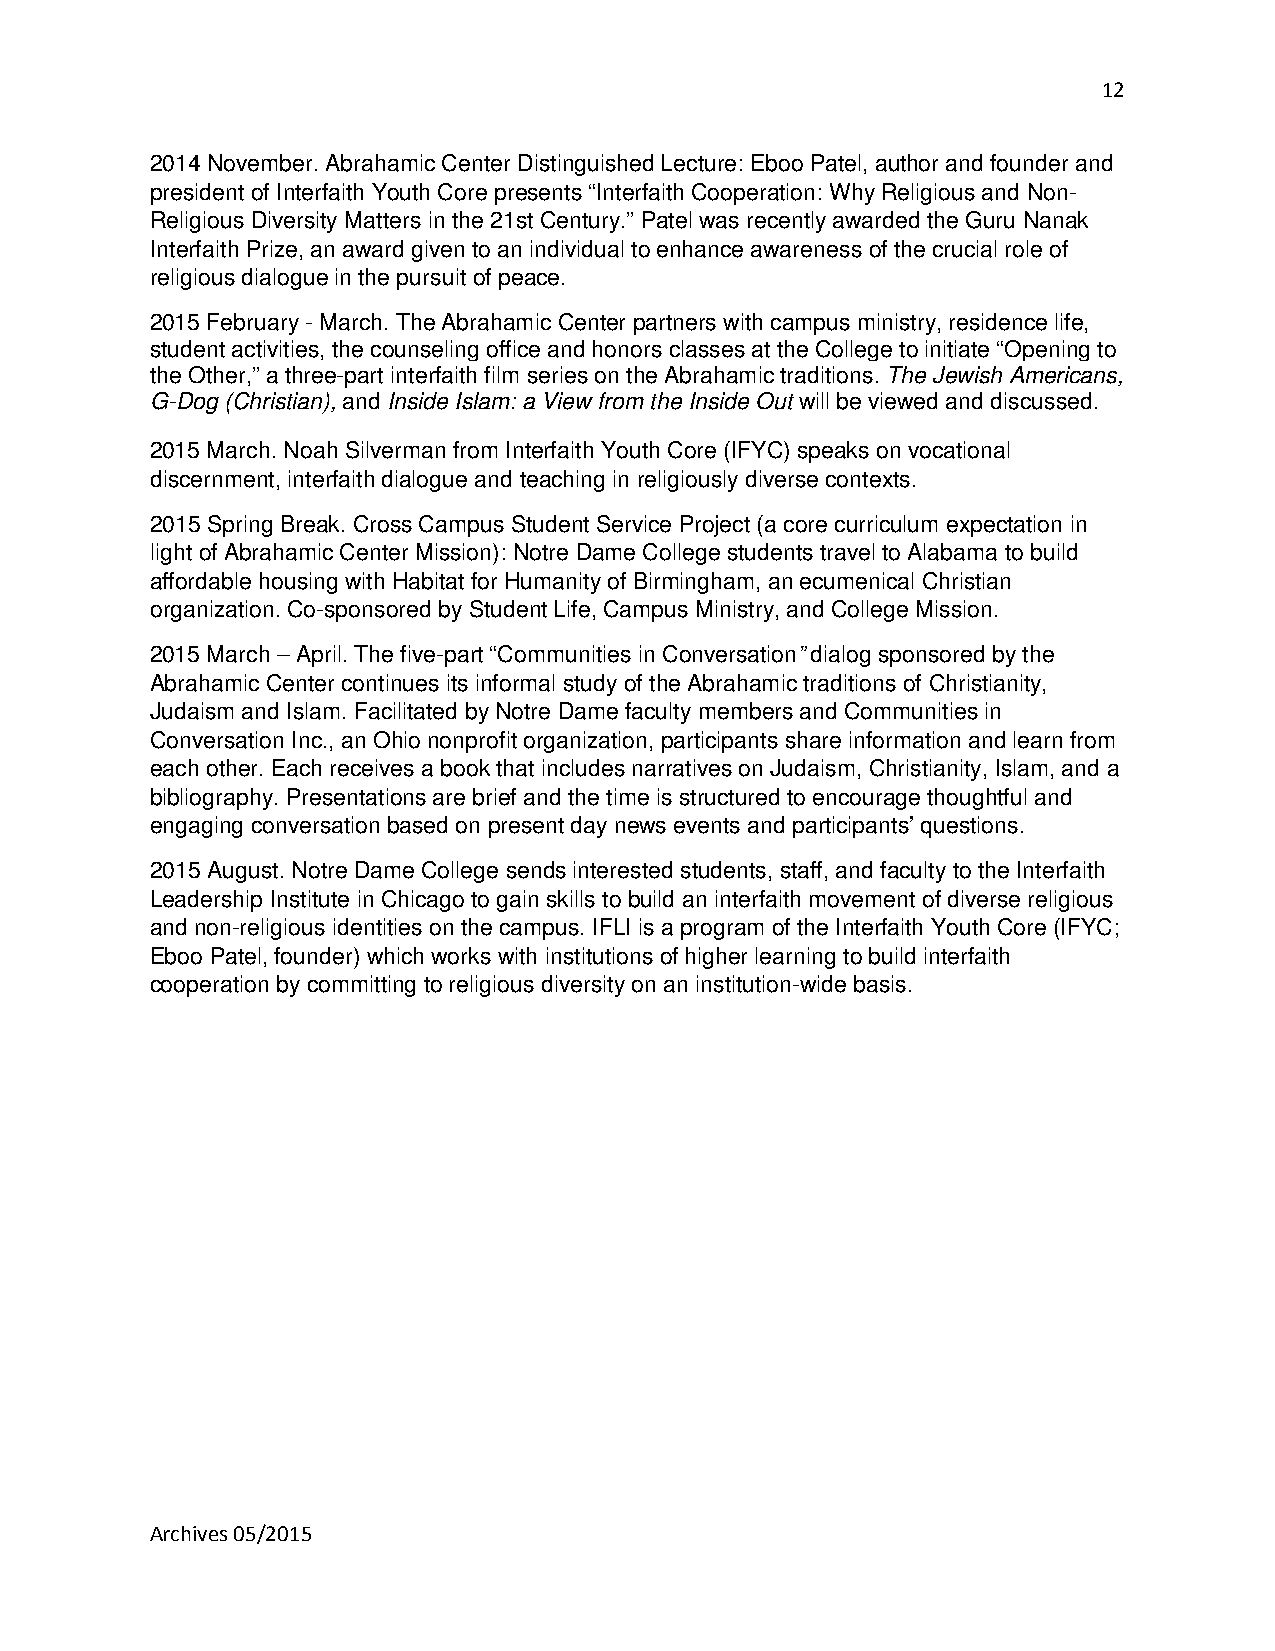
12
 2014 November. Abrahamic Center Distinguished Lecture: Eboo Patel, author and founder and
 president of Interfaith Youth Core presents “Interfaith Cooperation: Why Religious and Non-
 Religious Diversity Matters in the 21st Century.” Patel was recently awarded the Guru Nanak
 Interfaith Prize, an award given to an individual to enhance awareness of the crucial role of
 religious dialogue in the pursuit of peace.
 2015 February - March. The Abrahamic Center partners with campus ministry, residence life,
 student activities, the counseling office and honors classes at the College to initiate “Opening to
 the Other,” a three-part interfaith film series on the Abrahamic traditions. The Jewish Americans,
 G-Dog (Christian), and Inside Islam: a View from the Inside Out will be viewed and discussed.
 2015 March. Noah Silverman from Interfaith Youth Core (IFYC) speaks on vocational
 discernment, interfaith dialogue and teaching in religiously diverse contexts.
 2015 Spring Break. Cross Campus Student Service Project (a core curriculum expectation in
 light of Abrahamic Center Mission): Notre Dame College students travel to Alabama to build
 affordable housing with Habitat for Humanity of Birmingham, an ecumenical Christian
 organization. Co-sponsored by Student Life, Campus Ministry, and College Mission.
 2015 March – April. The five-part “Communities in Conversation” dialog sponsored by the
 Abrahamic Center continues its informal study of the Abrahamic traditions of Christianity,
 Judaism and Islam. Facilitated by Notre Dame faculty members and Communities in
 Conversation Inc., an Ohio nonprofit organization, participants share information and learn from
 each other. Each receives a book that includes narratives on Judaism, Christianity, Islam, and a
 bibliography. Presentations are brief and the time is structured to encourage thoughtful and
 engaging conversation based on present day news events and participants’ questions.
 2015 August. Notre Dame College sends interested students, staff, and faculty to the Interfaith
 Leadership Institute in Chicago to gain skills to build an interfaith movement of diverse religious
 and non-religious identities on the campus. IFLI is a program of the Interfaith Youth Core (IFYC;
 Eboo Patel, founder) which works with institutions of higher learning to build interfaith
 cooperation by committing to religious diversity on an institution-wide basis.
 Archives 05/2015